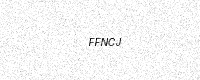
Text: FFNCJ